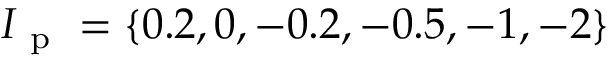
I _ { \mathrm { ~ p ~ } } = \{ 0 . 2 , 0 , - 0 . 2 , - 0 . 5 , - 1 , - 2 \}